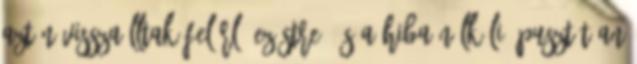
Aztán visszaálltak Felőrlő Ezüstre. És a hiba nélküli, pusztítóan